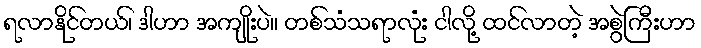
ရလာနိုင်တယ်၊ ဒါဟာ အကျိုးပဲ။ တစ်သံသရာလုံး ငါလို့ ထင်လာတဲ့ အစွဲကြီးဟာ